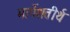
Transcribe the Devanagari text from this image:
मार्गेशतीर्थ